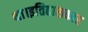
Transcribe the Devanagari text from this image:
था।इतिहासकार